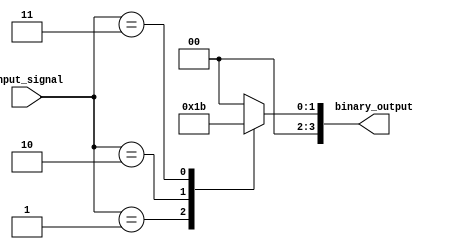
module Encoder(
    input [7:0] input_signal,
    output reg [3:0] binary_output
);

always @(*) begin
    case(input_signal)
        8'b00000000: binary_output = 4'b0000;
        8'b00000001: binary_output = 4'b0001;
        8'b00000010: binary_output = 4'b0010;
        8'b00000011: binary_output = 4'b0011;
        // Add more cases for specific encoding rules
        default: binary_output = 4'b0000; // Default encoding rule
    endcase
end

endmodule